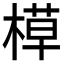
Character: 𬃸